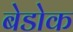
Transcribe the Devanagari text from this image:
बेडोक